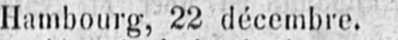
Hambourg, 22 décembre.